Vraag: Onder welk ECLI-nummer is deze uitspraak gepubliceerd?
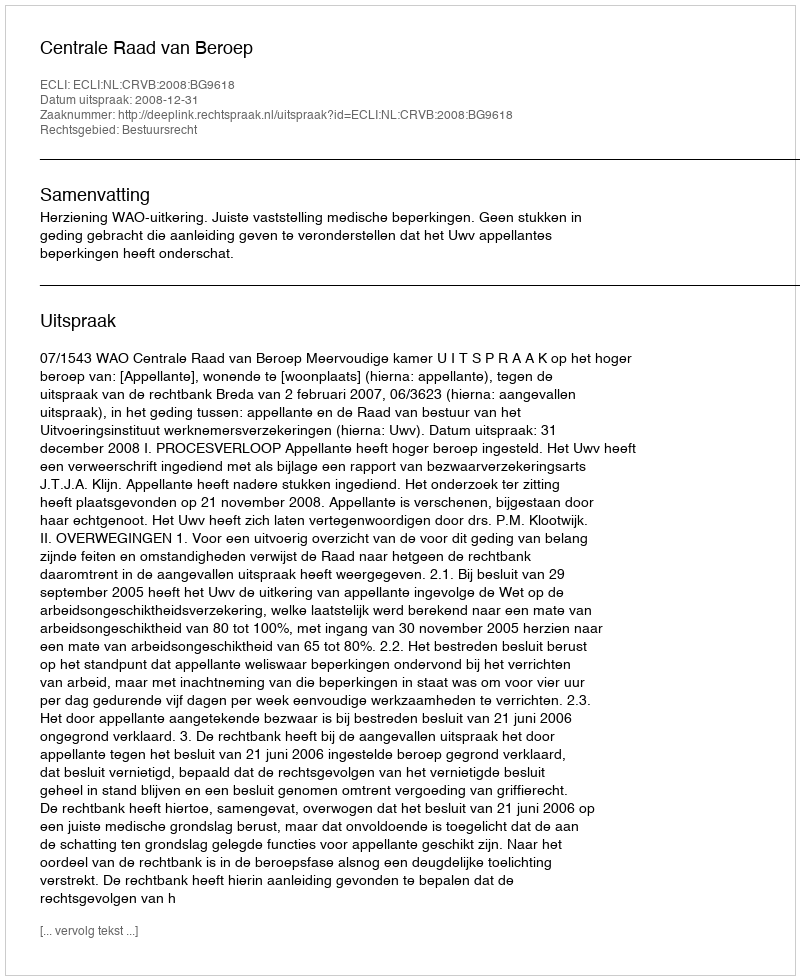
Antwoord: ECLI:NL:CRVB:2008:BG9618